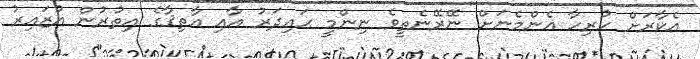
އެކާރަށް ހުރިހާ އެންމެނަށް ނޭރޭނެތީވެ ނިންމީ ޙައިދަރު އާއި އާތިޤާގެ އިތުރުން އުޒައިރު